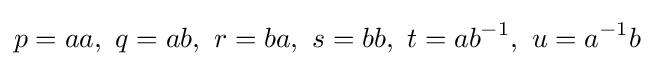
p=aa,\ q=ab,\ r=ba,\ s=bb,\ t=ab^{-1},\ u=a^{-1}b